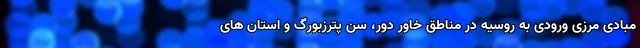
مبادی مرزی ورودی به روسیه در مناطق خاور دور، سن پترزبورگ و استان های